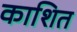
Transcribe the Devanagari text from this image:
काशित